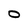
Character: O